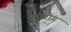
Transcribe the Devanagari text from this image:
रक्तरोग